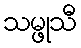
သမ္ဖုသီ